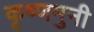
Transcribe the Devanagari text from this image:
कृष्णमुनी